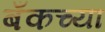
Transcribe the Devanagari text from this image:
बँकच्या